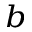
^ b